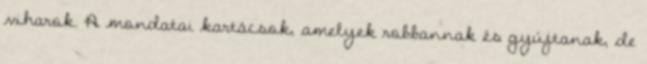
viharok. A mondatai kartácsok, amelyek robbannak és gyújtanak, de